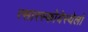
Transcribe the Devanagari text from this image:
त्सारस्कोयेस्येलो